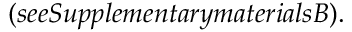
( s e e S u p p l e m e n t a r y m a t e r i a l s B ) .